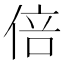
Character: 倍